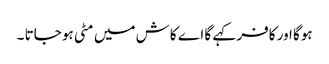
ہوگا اور کافر کہے گا اے کاش میں مٹی ہو جاتا ۔